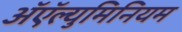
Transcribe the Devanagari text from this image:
अॅऍल्युमिनियम